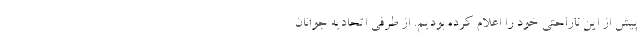
پیش از این ناراحتی خود را اعلام کرده بودیم. از طرفی اتحادیه جوانان